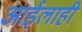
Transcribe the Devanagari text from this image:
आईलाही